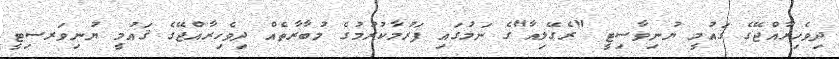
ދިވެހިރާއްޖޭގެ ގައުމީ ޔުނިވާސިޓީ "ރެގޭލިއާ"ގެ ނަމުގައި ފަރުމާކުރުމުގެ މުބާރާތެއް ދިވެހިރާއްޖޭގެ ޤައުމީ ޔުނިވަރސިޓީ